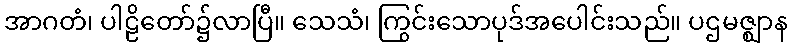
အာဂတံ၊ ပါဠိတော်၌လာပြီ။ သေသံ၊ ကြွင်းသောပုဒ်အပေါင်းသည်။ ပဌမဇ္ဈာန